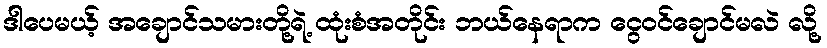
ဒါပေမယ့် အချောင်သမားတို့ရဲ့ ထုံးစံအတိုင်း ဘယ်နေရာက ငွေဝင်ချောင်မလဲ လို့